Vaccination in Bombay 1889-1901 - 1889-1901
Year: 1889
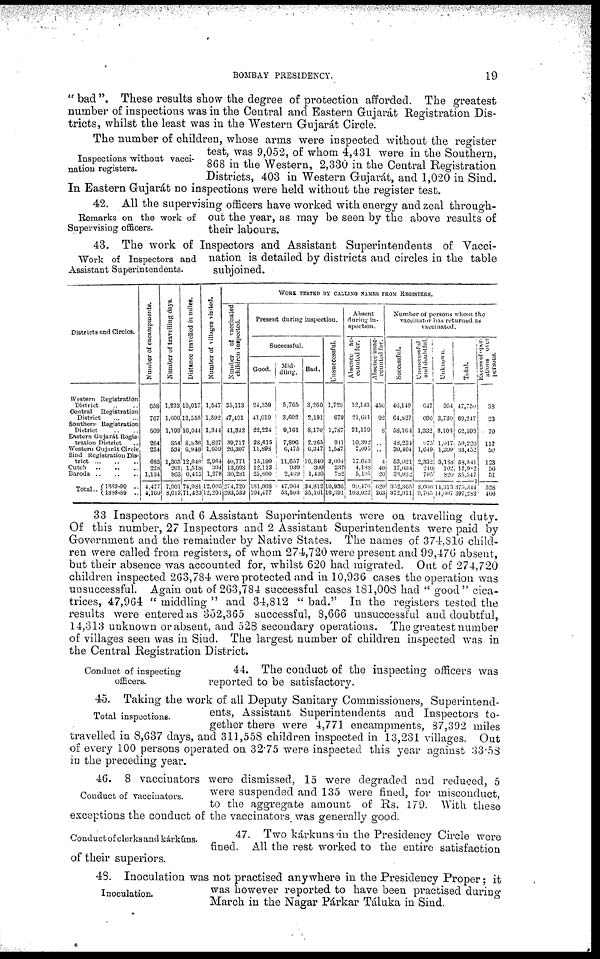
BOMBAY PRESIDENCY.
19
"bad". These results show the degree of protection afforded. The greatest
number of inspections was in the Central and Eastern Gujarát Registration Dis-
tricts, whilst the least was in the Western Gujarát Circle.
Inspections without vacci-
nation registers.
The number of children, whose arms were inspected without the register
test, was 9,052, of whom 4,431 were in the Southern,
868 in the Western, 2,330 in the Central Registration
Districts, 403 in Western Gujarát, and 1,020 in Sind.
In Eastern Gujarát no inspections were held without the register test.
Remarks on the work of
Supervising officers.
42. All the supervising officers have worked with energy and zeal through-
out the year, as may be seen by the above results of
their labours.
Work of Inspectors and
Assistant Superintendents.
43. The work of Inspectors and Assistant Superintendents of Vacci-
nation is detailed by districts and circles in the table
subjoined.
Districts and Circles.
Western Registration District
District .. ..
Central Registration
District
...
...
Southern Registration
District .. ..
Eastern Gujarát Regis-
tration District ..
Western Gujarát Circle
Sind Registration Dis-
trict ... ... ...
Cutch
..
..
..
Baroda .. .. ..
Total
.. 1889-90 ..
1888-89 ..
Number of encampments.
658
767
509
264
234
683
228
1,134
4,477
4,169
Number of travelling days.
1,233
1,600
1,193
854
534
1,363
261 863
7,901
8, 013
Distance travelled in miles.
10,017
12,555
16,044
8,836
6,948
12,648
1,518
6,415
74,981
71,423
Number of villages visited.
1,547
1,592
1,344
1,827
1,059
2,964
394
1,278
12,005
12,201
WORK TESTED BY CALLING NAMES FROM REGISTERS.
Number of vaccinated
children inspected.
35,113
47,491
41,342
39,717
26,307
40,771
13,698
30,281
274,720
293,532
Present during inspection.
Successful.
Good.
24,359
41,019
22,224
28,615
11,898
15,180
12,113
25,600
181,008
194,477
Mid-
dling.
5,705
3,602
9,161
7,896
6,475
11,657
939
2,469
47,964
53,503
Bad.
3,260
2,191
8,170
2,265
6,347
10,840
309
1,430
34,812
35,161
Unsuccessful.
1,729
679
1,787
911
1,587
3,094
337
782
10,936
10,391
Absent
during in-
spection.
Absence ac-
counted for.
12,143
21,641
21,179
10,392
7,095
17,643
4,188
5,195
99,476
103,022
Absence unac-
counted for.
456
92
8
..
..
4
40
20
620
263
Number of persons whom the
vaccinator has returned as
vaccinated.
Successful.
46,149
64,827
58,164
48,231
30,404
53,021
17,634
33,932
352,365
372,911
Unsuccessful
and doubtful.
647
690
1,332
975
1,649
2,332
246
795
8,666
9,765
Unknown.
954
3,730
3,103
1,017
1,399
3,188
102
820
14,313
14,607
Total.
47,750
69,247
62,599
50,226
33,452
58,541
17,982
35,547
375,344
397,283
Excess of oper-
ations over
persons.
38
23
70
117
50
123
56
51
528
466
33 Inspectors and 6 Assistant Superintendents were on travelling duty.
Of this number, 27 Inspectors and 2 Assistant Superintendents were paid by
Government and the remainder by Native States. The names of 374,816 child-
ren were called from registers, of whom 274,720 were present and 99,476 absent,
but their absence was accounted for, whilst 620 had migrated. Out of 274,720
children inspected 263,784 were protected and in 10,936 cases the operation was
unsuccessful. Again out of 263,784 successful cases 181,008 had " good" cica-
trices, 47,964 " middling " and 34,812 " bad." In the registers tested the
results were entered as 352,365 successful, 8,666 unsuccessful and doubtful,
14,313 unknown or absent, and 528 secondary operations. The greatest number
of villages seen was in Sind. The largest number of children inspected was in
the Central Registration District.
Conduct of inspecting
officers.
44. The conduct of the inspecting officers was
reported to be satisfactory.
Total inspections.
45. Taking the work of all Deputy Sanitary Commissioners, Superintend-
ents, Assistant Superintendents and Inspectors to-
gether there were 4,771 encampments, 87,392 miles
travelled in 8,637 days, and 311,558 children inspected in 13,231 villages. Out
of every 100 persons operated on 32.75 were inspected this year against 33.58
in the preceding year.
Conduct of vaccinators.
46. 8 vaccinators were dismissed, 15 were degraded and reduced, 5
were suspended and 135 were fined, for misconduct,
to the aggregate amount of Rs. 179. With these
exceptions the conduct of the vaccinators was generally good.
Conduct of clerks and kárkúns.
47. Two kárkuns in the Presidency Circle were
fined. All the rest worked to the entire satisfaction
of their superiors.
Inoculation.
48. Inoculation was not practised anywhere in the Presidency Proper; it
was however reported to have been practised during-
March in the Nagar Párkar Táluka in Sind.